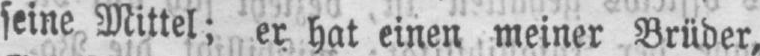
seine Mittel; er hat einen meiner Brüder,